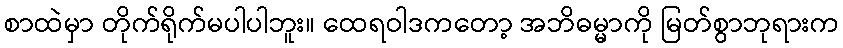
စာထဲမှာ တိုက်ရိုက်မပါပါဘူး။ ထေရဝါဒကတော့ အဘိဓမ္မာကို မြတ်စွာဘုရားက